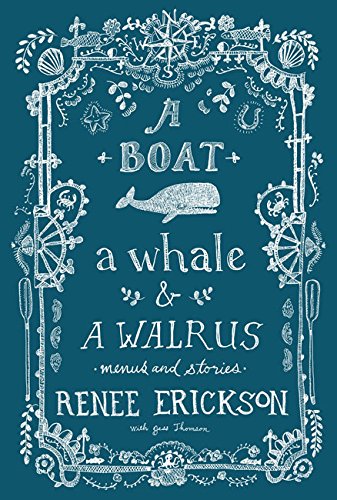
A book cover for A Boat, a Whale & a Walrus: Menus and Stories; Renee Erickson; Cookbooks, Food & Wine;